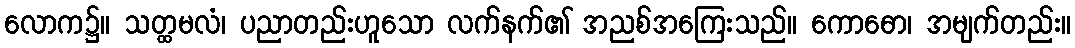
လောက၌။ သတ္ထမလံ၊ ပညာတည်းဟူသော လက်နက်၏ အညစ်အကြေးသည်။ ကောဓော၊ အမျက်တည်း။